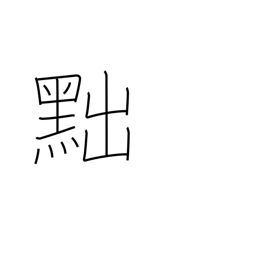
Meaning: draw back